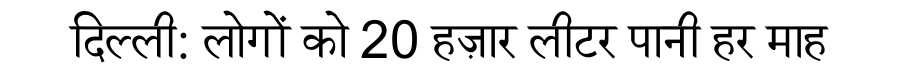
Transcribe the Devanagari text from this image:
दिल्ली: लोगों को 20 हज़ार लीटर पानी हर माह